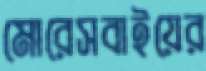
মোরেসবাইয়ের